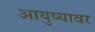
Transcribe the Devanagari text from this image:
आयुष्‍यावर